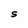
Character: S